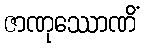
ဇာဏုဿောဏိံ